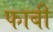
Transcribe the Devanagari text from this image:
फाबी